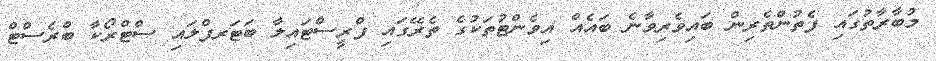
މުބާރާތުގައި ފެތުންތެރިން ބައިވެރިވާނެ ބައެއް އިވެންޓުތަކުގެ ތެރޭގައި ފްރީސްޓައިލާ ބަޓަރފްލައި ސްޓްރޯކާ ބްރެސްޓް